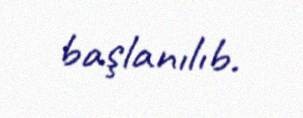
başlanılıb.